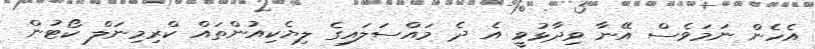
އެހެން ނަމަވެސް އޭނާ ވިދާޅުވީ އެ ދެ މައްސަލައިގެ ލިޔެކިއުންތައް ކްރިމިނަލް ކޯޓުން